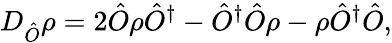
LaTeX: D_{\hat{O}}\rho=2\hat{O}\rho\hat{O}^{\dagger}-\hat{O}^{\dagger}\hat{O}\rho-\rho\hat{O}^{\dagger}\hat{O},